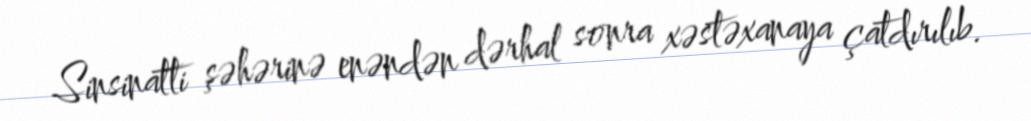
Sinsinatti şəhərinə enəndən dərhal sonra xəstəxanaya çatdırılıb.